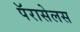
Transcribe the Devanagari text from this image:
पॅरासेलस